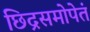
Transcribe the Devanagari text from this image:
छिद्रसमोपेतं